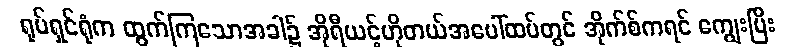
ရုပ်ရှင်ရုံက ထွက်ကြသောအခါ၌ အိုရီယင့်ဟိုတယ်အပေါ်ထပ်တွင် အိုက်စ်ကရင် ကျွေးပြီး